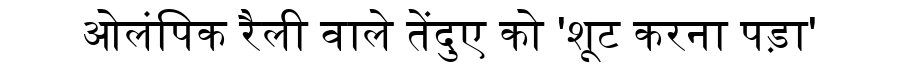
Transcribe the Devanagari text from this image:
ओलंपिक रैली वाले तेंदुए को 'शूट करना पड़ा'